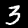
Label: 3